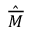
\hat { \overline { { M } } }